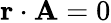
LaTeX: \mathbf{r}\cdot\mathbf{A}=0